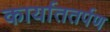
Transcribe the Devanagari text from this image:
कार्याततर्पण